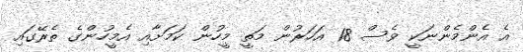
އެ އެންމެންނަކީ ވެސް 18 އަހަރުން މަތީ މީހުން ކަމަށާއި އެމީހުންގެ ތެރޭގައި